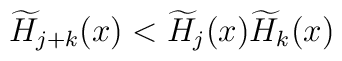
\widetilde{H}_{j+k}(x)<\widetilde{H}_j(x)\widetilde{H}_k(x)